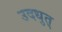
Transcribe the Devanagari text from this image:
उदधुत्